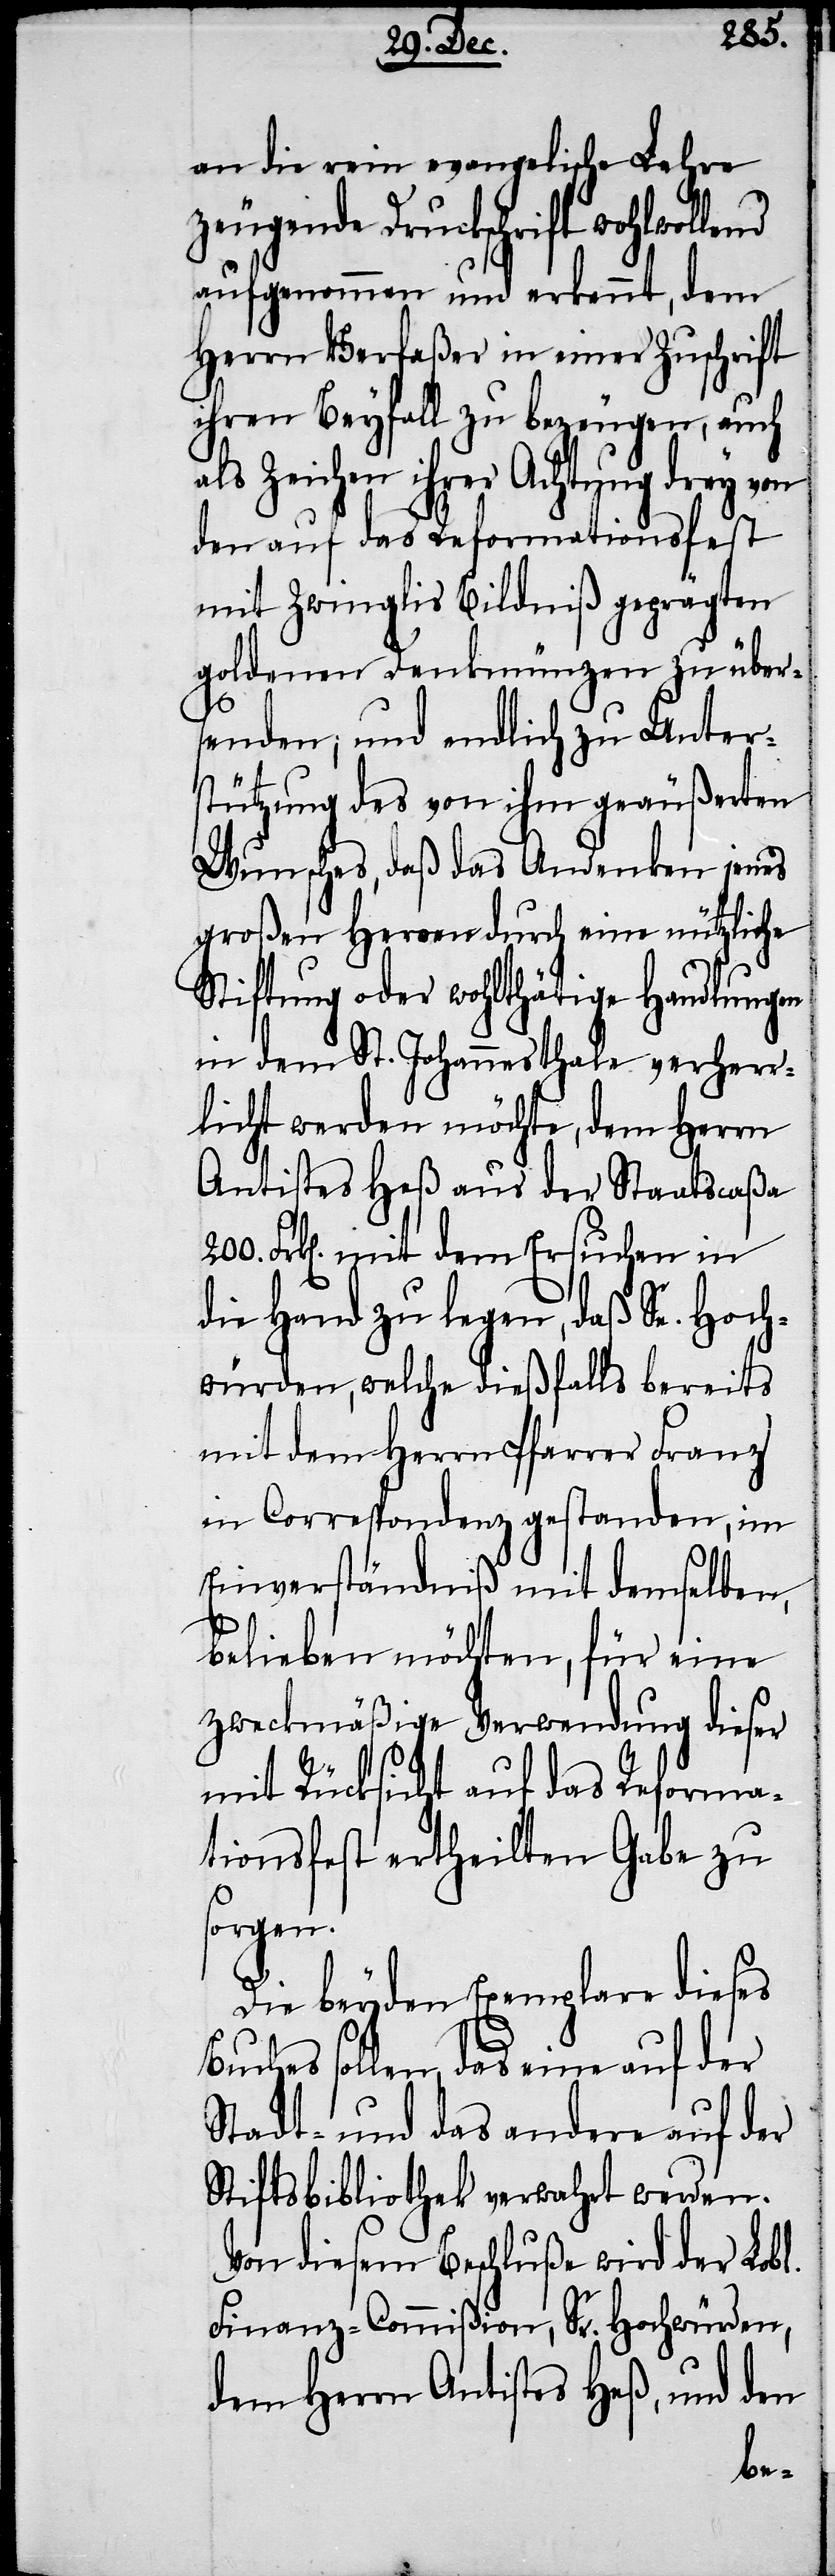
200.
an die rein evangelische Lehre
zeugende Druckschrift wohlwollend
aufgenommen und erkennt, dem
Herrn Verfaßer in einer Zuschrift
ihren Beyfall zu bezeugen, auch
Zeichen ihrer Achtung drey von
den auf das Reformationsfest
mit Zwinglis Bildniß geprägten
goldenen Denkmünzen zu über¬
senden; und endlich zu Unter¬
stützung des von ihm geäußerten
Wunsches, daß das Andenken jenes
großen Herren durch eine nützliche
Stiftung oder wohlthätige Handlungen
in dem St. Johannesthale verherr¬
licht werden möchte, dem Herrn
Antistes Heß aus der Staatscaßa
Frk[en]. mit dem Ersuchen in
die Hand zu legen, daß Se. Hoch¬
würden, welche dießfalls bereits
mit dem Herrn Pfarrer Franz
in Correspondenz gestanden, im
Einverständniß mit demselben,
belieben möchten, für eine
zweckmäßige Verwendung dieser
mit Rücksicht auf das Reforma¬
tionsfest ertheilten Gabe zu
sorgen.
Die beyden Exemplare dieses
Buches sollen, das eine auf der
Stadt- und das andere auf der
Stiftsbibliothek verwahrt werden.
Von diesem Beschluße wird der Lobl.
Finanz-Commißion, Sr. Hochwürden,
dem Herrn Antistes Heß, und den